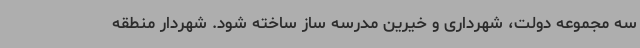
سه مجموعه دولت، شهرداری و خیرین مدرسه ساز ساخته شود. شهردار منطقه